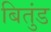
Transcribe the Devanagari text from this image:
बितुंड